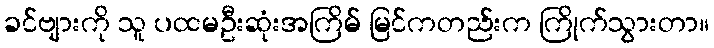
ခင်ဗျားကို သူ ပထမဦးဆုံးအကြိမ် မြင်ကတည်းက ကြိုက်သွားတာ။